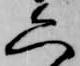
六